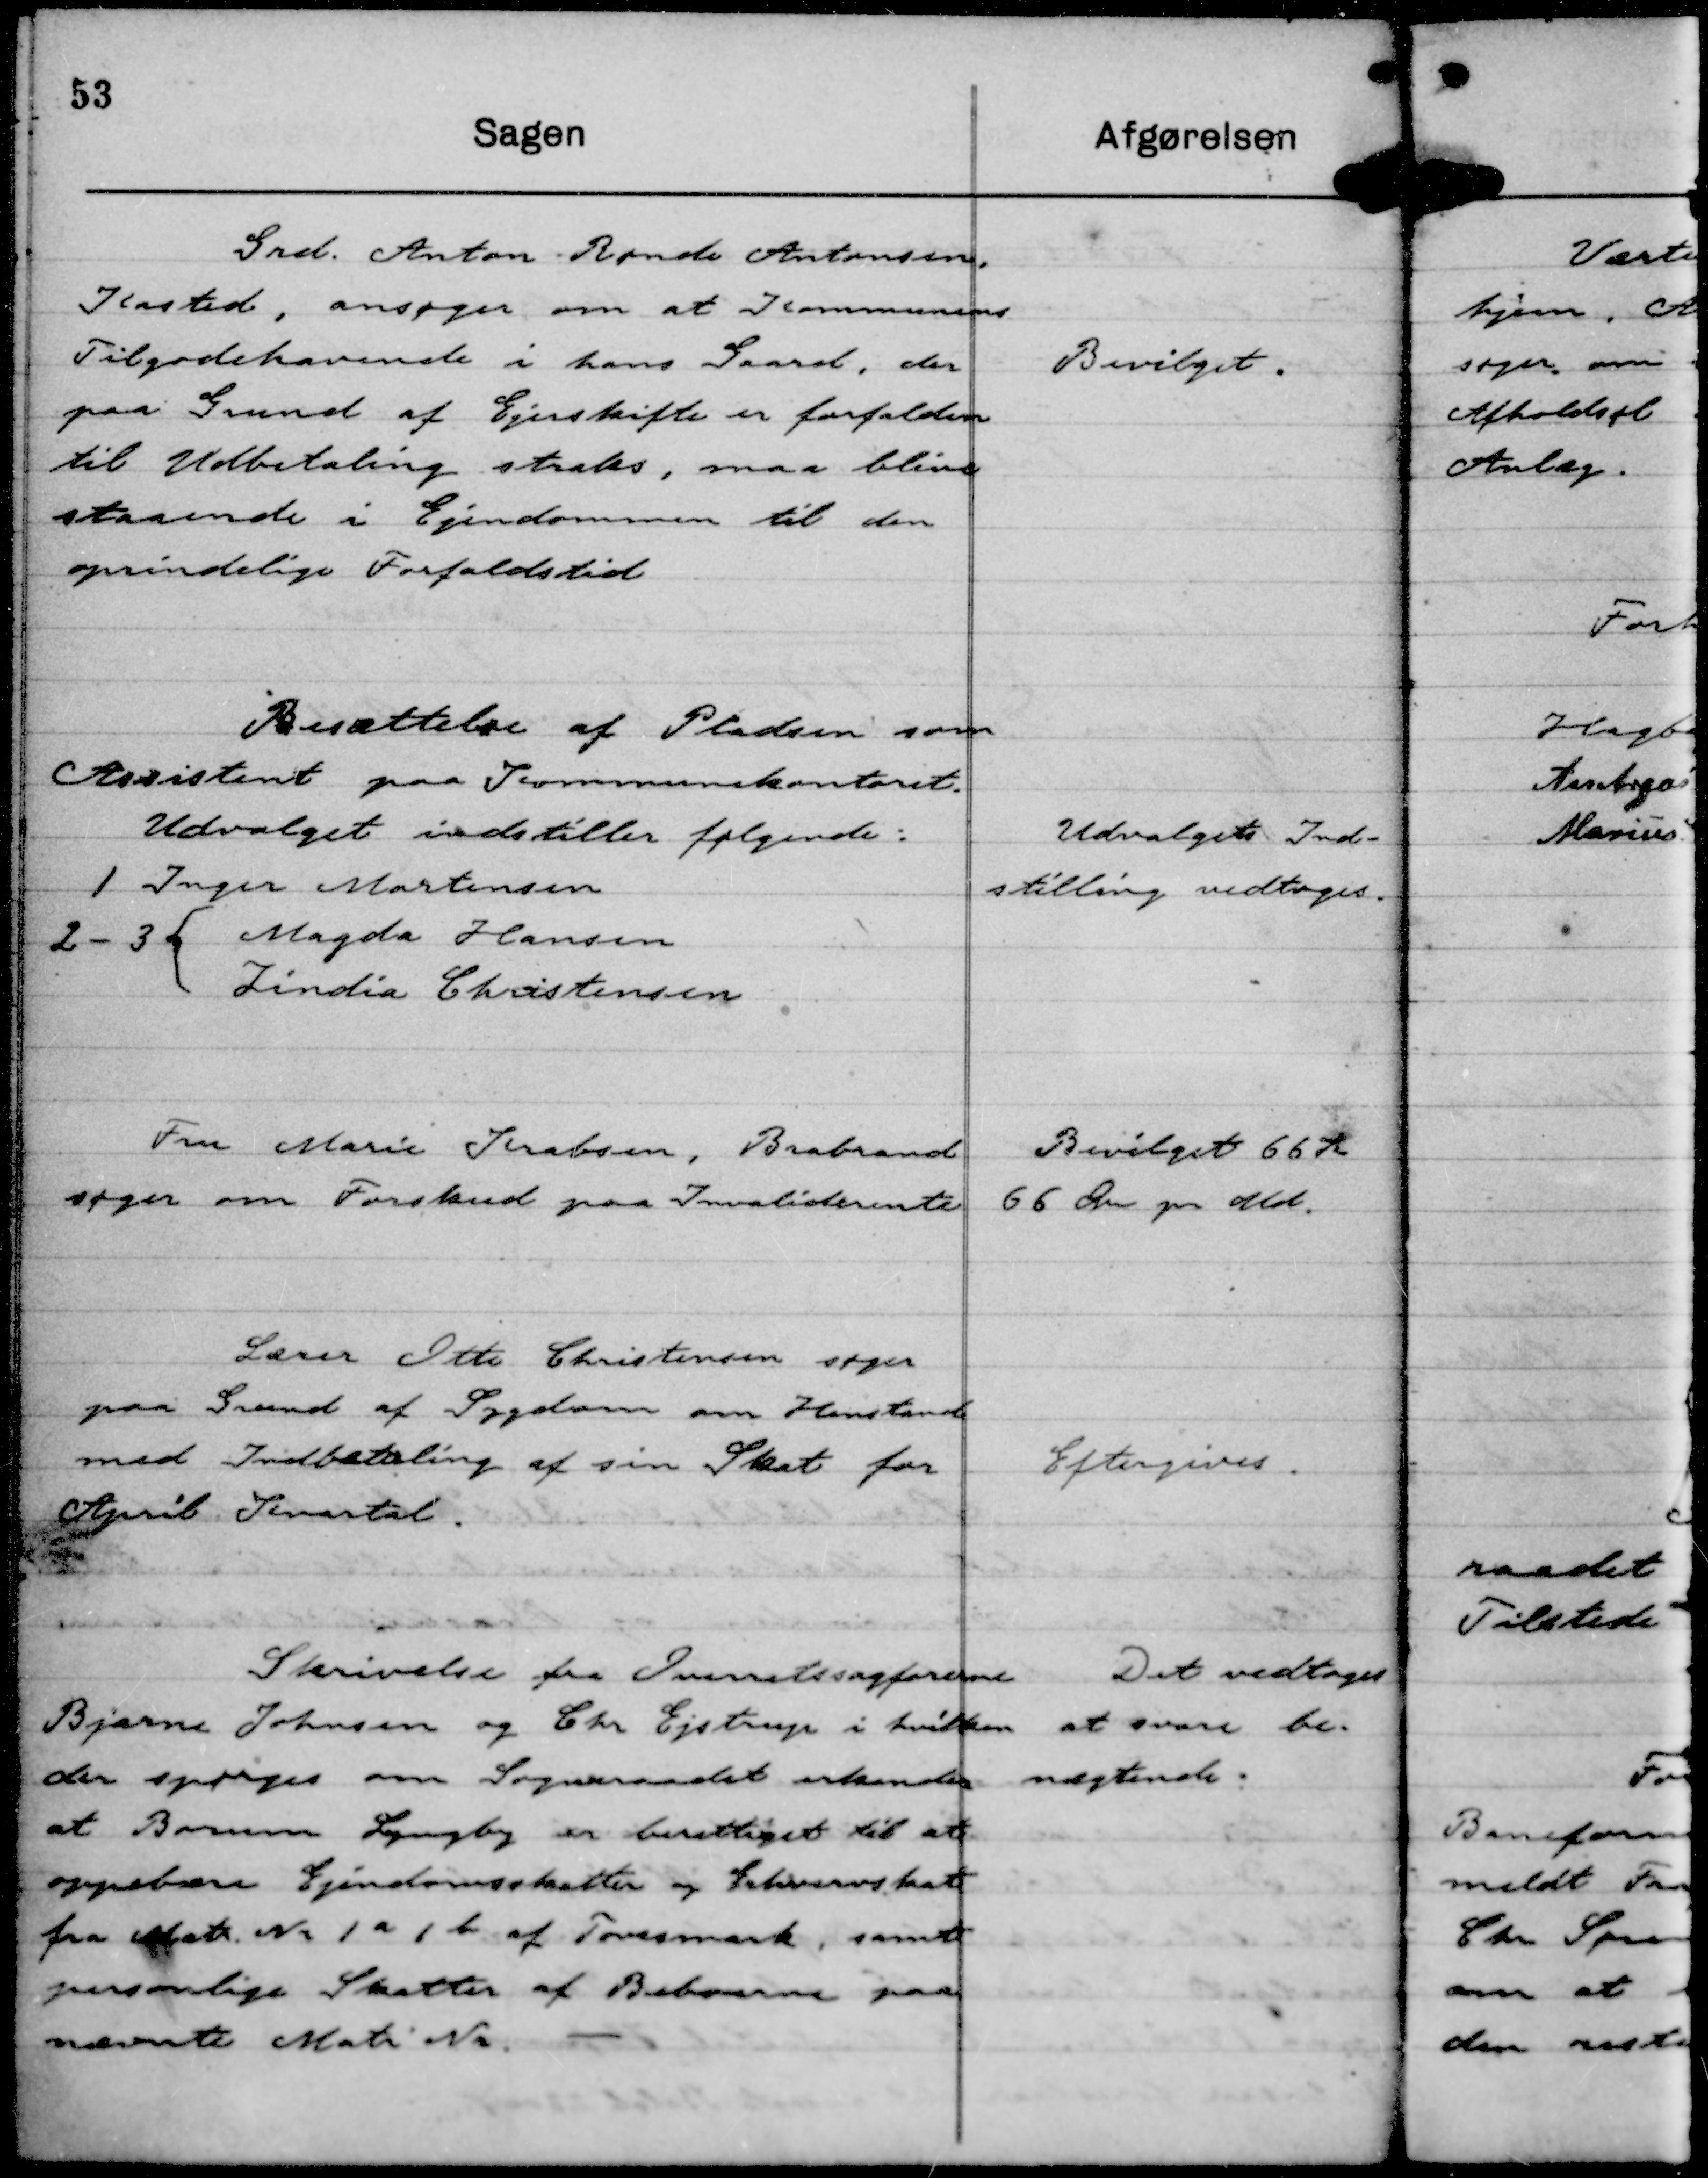
Transskription:
Grd. Anton Bonde Antonsen,
Kasted, ansøger om at Kommunens
Tilgodehavende i hans Gaard, der
paa Grund af Ejerskifte er forfalden
til Udbetaling straks, maa blive
staaende i Ejendommen til den
oprindelige Forfaldstid

Bevilget.

Besættelse af Pladsen som
Assistent paa Kommunekontoret.
Udvalget indstiller følgende:
1 Inger Mortensen
2 - 3
Magda Hansen
Zindia Christensen

Udvalgets Ind-
stilling vedtoges.

Fru Marie Krabsen, Brabrand
søger om Forskud paa Invaliderente

Bevilget 66 Kr
66 Øre pr Md.

Lærer Otto Christensen søger
paa Grund af Sygdom om Henstand
med Indbetaling af sin Skat for
April Kvartal.

Eftergives

Skrivelse fra Overetssagførerne
Bjarne Johnsen og Chr Ejstrup i hvilken
der spørges om Sogneraadet erkender
at Borum Lyngby er berettiget til at
oppebære Ejendomsskatter og Erhvervskat
fra Matr Nr 1 a 1 b af Tovesmark, samt
personlige Skatter af Beboerne paa
nævnte Matr Nr.

Det vedtoges
at svare be-
nægtende.